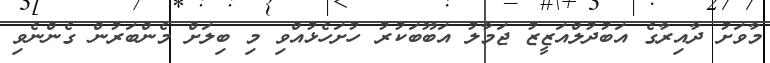
މާވަށު ދާއިރާގެ އަބުދުލްއަޒީޒު ޖަމާލު އަބޫބަކުރު ހުށަހެޅުއްވި މި ބިލަށް މެންބަރުން ގެންނެވި